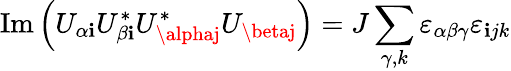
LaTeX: \operatorname{Im}\left(U_{\alpha\mathbf{i}}U_{\beta\mathbf{i}}^{*}U_{\alphaj}^{*}U_{\betaj}\right)=J\sum_{\gamma,k}\varepsilon_{\alpha\beta\gamma}\varepsilon_{\mathbf{i}jk}